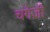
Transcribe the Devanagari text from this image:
चंगेज़ी